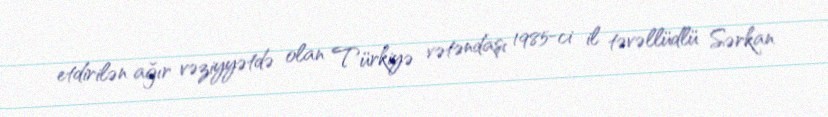
etdirilən ağır vəziyyətdə olan Türkiyə vətəndaşı 1985-ci il təvəllüdlü Sərkan